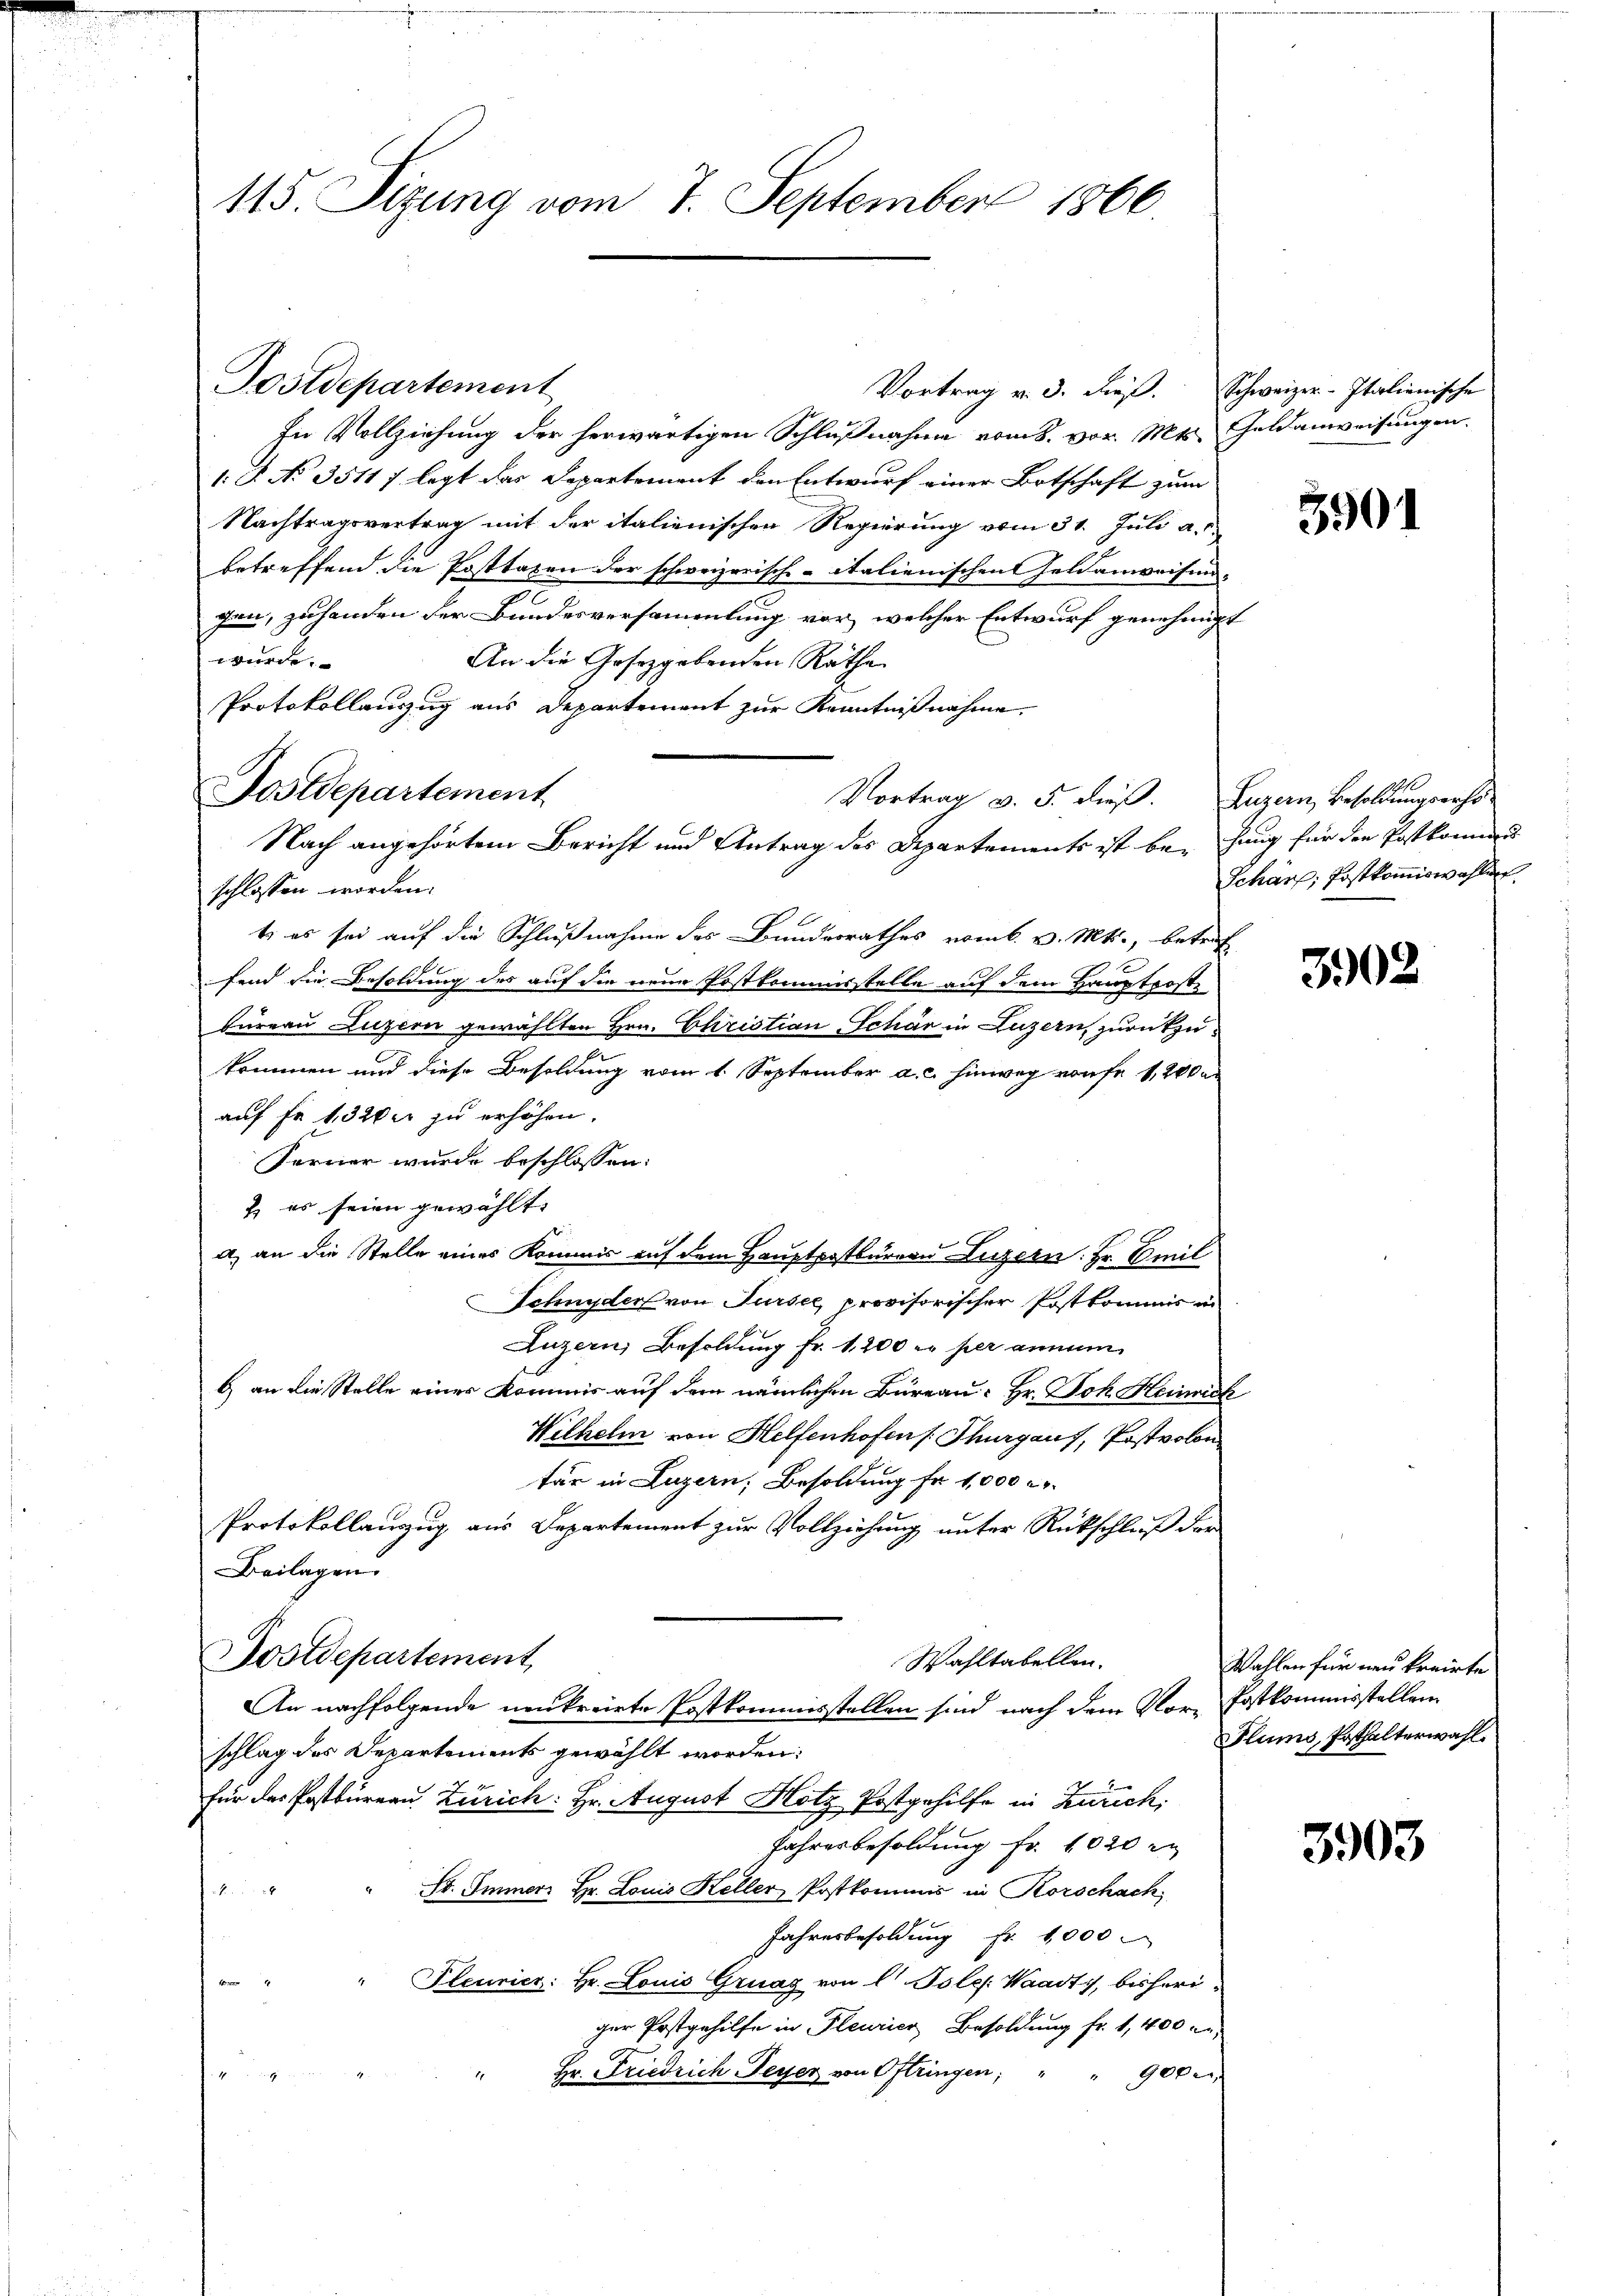
115. Sizung vom 7. September 1866

Vortrag v. 3. dieβ. Schweizer-Italienische
In Vollziehung der herwärtigen Schlußnahme vom 8. vor. Mts. Geldanweisungen.
1 R. No. 35117 legt das Departement den Entwurf einer Ortschaft zum
Nachtragsvertrag mit der italienischen Regierung vom 31. Juli a. c.
betreffend die Posttaxen der schweizerische - italienischen Feldanweisung-
Jun, zu handen der Bundesversammlung vor, welcher Entwurf genehmigt
wurde.
An die Gesetzgebenden Rathe
Protokollenzug aus Departement zur Kenntnißnahme.
Vortrag v. 5. dieß. Luzern, Besoldungserhö
schlossen worden.
t es sei auf die Schlußnahme des Bundesrathes vom k. v. Mts., betref
fend die Besoldung des auf die neue Postkommisstelle auf dem Hauptposte
Bureau Luzern gewählten Hrn. Christian Schär in Luzern, zurückzukommen und diese Besoldung vom 1. September a. c. hinweg von fr. 1200
auf Fr. 1320er zu erhöhen.
Ferner wurde beschlossen:
2) es seien gewählt.
a) an die Stelle eines Kommis auf dem Hauptpostbürern Luzern: Hr. Emil
Schnyder von Tursee, provisorischer Postkommis in
Luzern, Besoldung Fr. 1200 er per annen
b) an die Stelle einer Kommis auf dem nämlichen Büreau. Hr. Joh. Heinrich
Wilhelm von Helfenhofens Thurgauf, Postvolon
tär in Luzern, Besoldung fr 1,000 l.
Protokollanzug aus Departement zur Vollziehung unter Rückschluß der
Beilagen.
Postdepartement
Wahltabellen.
An nachfolgende neukreiete Postkommisstellen sind nach dem Nor-Postkommisstellen
schlag des Departements gewählt worden:
für das Postbureau Zürich: Hr. August Hotz Postgehilfe in Zürich,
Jahresbesoldung Fr. 1020 x
4 " " St. Immer Hr. Louis Heller Postkommis in Korschach,
Jahresbesoldung fr. 1000.
 " " Slcurier: Hr. Louis Gruag von l Pole. Waadt, bisheri-
ger Postgehilfe in Pleurier Besoldung fr. 1,400 r
90
" Hr. Friedrich Peyer von Oftringen;

Postdepartement

Postdepartement

Nach angehörtem Bericht und Antrag des Departements ist bei hing für den Postkommen

3901

Scharf; Postkommiswahlen.

3902

Wahlen für neu kreirte
Flums, Pathalterwahl.

3903